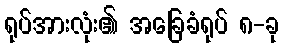
ရုပ်အားလုံး၏ အခြေခံရုပ် ၈-ခု